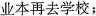
业本再去学校；